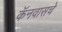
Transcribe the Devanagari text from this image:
कॅनवासचे